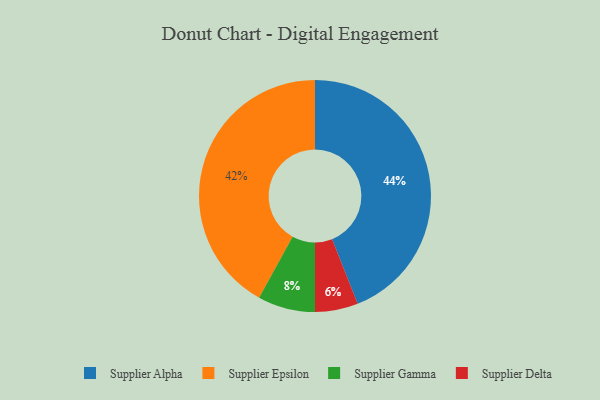
{"axis": {"x": "Category", "y": "Percentage"}, "legend": ["Supplier Alpha", "Supplier Delta", "Supplier Epsilon", "Supplier Gamma"], "data": [{"x": "Supplier Gamma", "y": 8, "type": "Supplier Gamma"}, {"x": "Supplier Epsilon", "y": 42, "type": "Supplier Epsilon"}, {"x": "Supplier Alpha", "y": 44, "type": "Supplier Alpha"}, {"x": "Supplier Delta", "y": 6, "type": "Supplier Delta"}]}